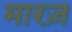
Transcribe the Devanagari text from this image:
मारज़